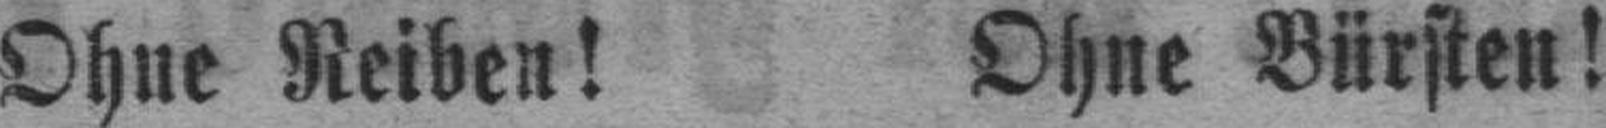
Ohne Reiben! Ohne Bürsten!